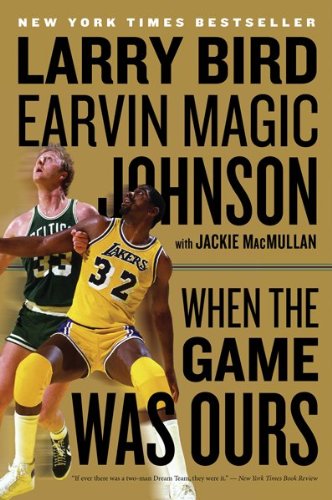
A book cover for When the Game Was Ours; Larry Bird; Sports & Outdoors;